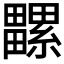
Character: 𤳻